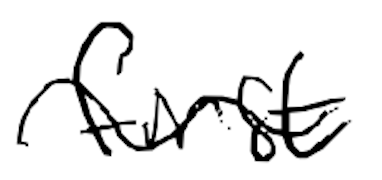
Text: first
Cross-out: wave
Writing tool: digital_black